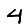
Digit: 4